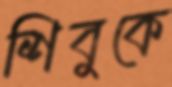
শিবুকে